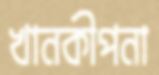
খানকীপনা